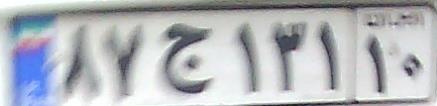
۸۷ج۱۳۱۱۰